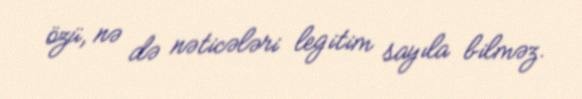
özü, nə də nəticələri legitim sayıla bilməz.